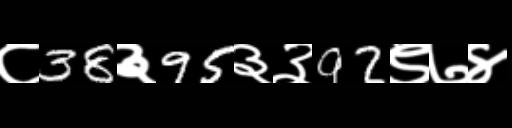
Text: ८38३95३३92९७४